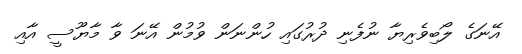
އޭނަގެ ލޯބިވެރިޔާ ނުފެނި ދުރުގައި ހުންނަން ވުމުން އޭނަ ވާ މާޔޫސީ އާއި